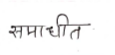
मजकूर: समाधीत